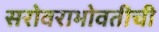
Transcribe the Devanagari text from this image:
सरोवराभोवतीची